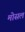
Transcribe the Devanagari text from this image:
मोसल